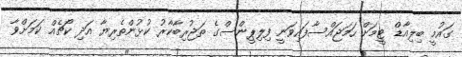
ގައުމީ ބިލިއާޑް ޓީމަށް ހަމަޖައްސާފައިވަނީ ފިލިޕީންސްގެ ތަޖުރިބާކާރު ކުޅުންތެރިޔާ އަދި ކޯޗެއް ކަމަށްވާ